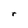
Character: r